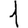
Digit: 1